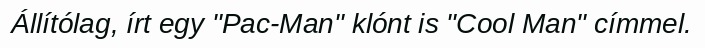
Állítólag, írt egy "Pac-Man" klónt is "Cool Man" címmel.